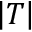
\left| T \right|